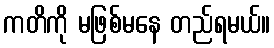
ကတိကို မဖြစ်မနေ တည်ရမယ်။